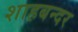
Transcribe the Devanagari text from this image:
शाहबन्दर